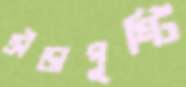
ক্রীড়াপুষ্টি